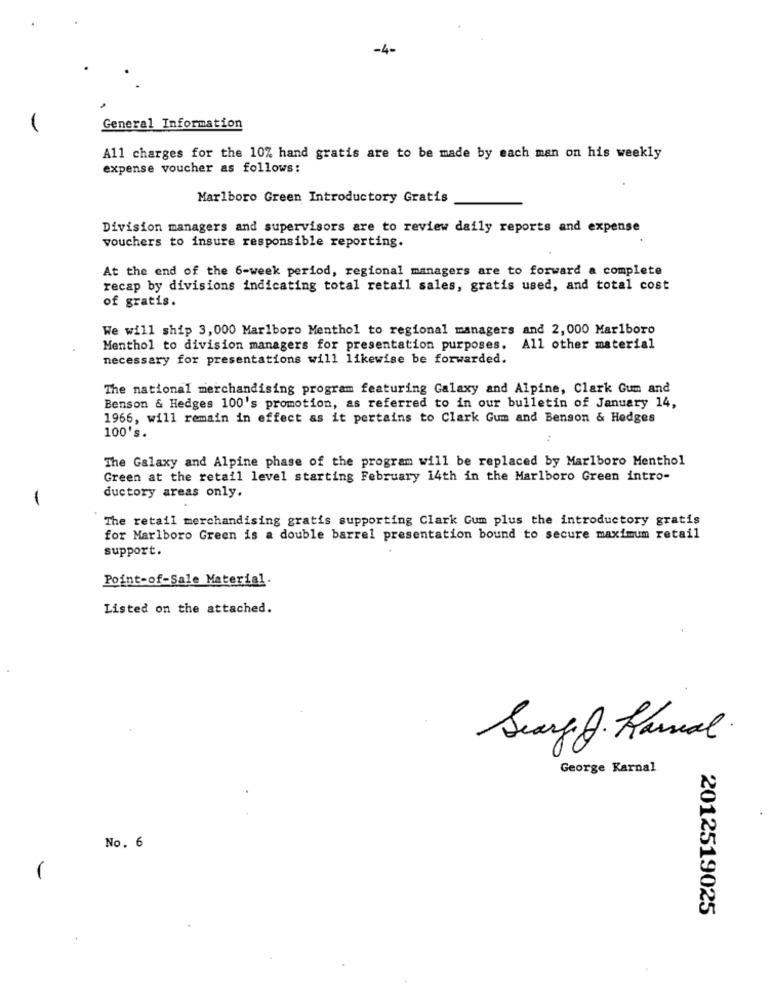
-4-
General Information
All charges for the 10% hand gratis are to be made by each man on his weekly
expense voucher as follows:
Marlboro Green Introductory Gratis
Division managers and supervisors are to review daily reports and expense
vouchers to insure responsible reporting.
At the end of the 6-week period, regional managers are to forward a complete
recap by divisions indicating total retail sales, gratis used, and total cost
of gratis.
We will ship 3, 000 Marlboro Menthol to regional managers and 2,000 Marlboro
Menthol to division managers for presentation purposes. All other material
necessary for presentations will likewise be forwarded.
The national merchandising program featuring Galaxy and Alpine, Clark Gum and
Benson & Hedges 100's promotion, as referred to in our bulletin of January 14,
1966, will remain in effect as it pertains to Clark Gum and Benson & Hedges
100's.
The Galaxy and Alpine phase of the program will be replaced by Marlboro Menthol
Green at the retail level starting February 14th in the Marlboro Green intro-
-
ductory areas only.
The retail merchandising gratis supporting Clark Gum plus the introductory gratis
for Marlboro Green is a double barrel presentation bound to secure maximum retail
support.
Point-of-Sale Material.
Listed on the attached.
Scary J. Kanal
George Karnal
No. 6
2012519025